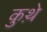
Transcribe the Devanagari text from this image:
कुथ़े